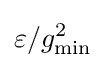
\varepsilon /g_{\mathrm {min} }^{2}